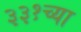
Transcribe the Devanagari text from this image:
३३१च्या